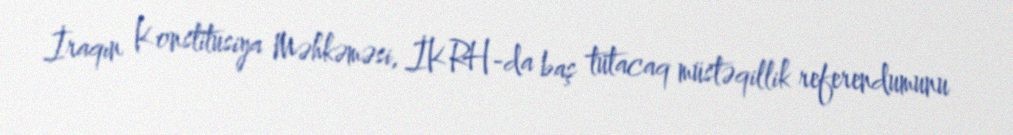
İraqın Konstitusiya Məhkəməsi, İKRH-da baş tutacaq müstəqillik referendumunu